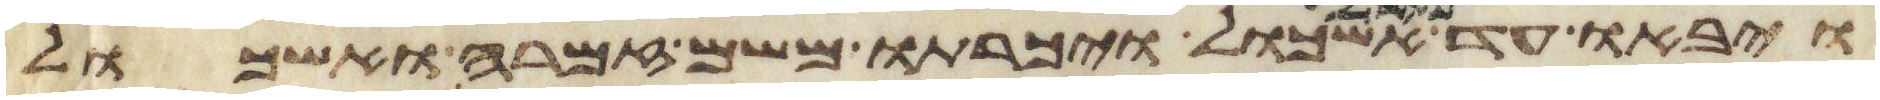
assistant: ויבאו עד נחל אשכול ויכרתו משם זמרה ואשכול